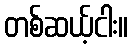
တစ်ဆယ့်ငါး။